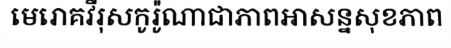
មេរោគវីរុសកូរ៉ូណាជាភាពអាសន្នសុខភាព